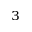
^ 3